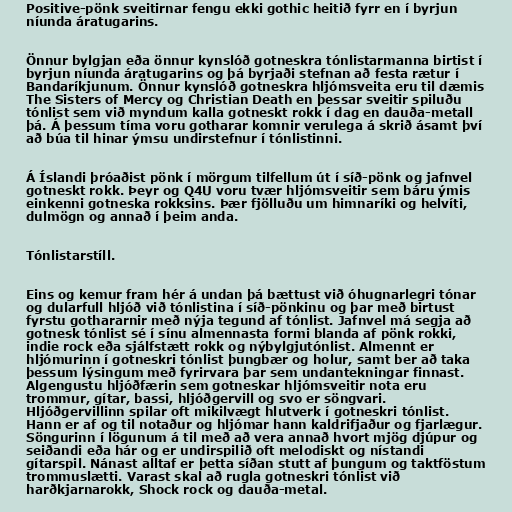
Positive-pönk sveitirnar fengu ekki gothic heitið fyrr en í byrjun
níunda áratugarins.

Önnur bylgjan eða önnur kynslóð gotneskra tónlistarmanna birtist í
byrjun níunda áratugarins og þá byrjaði stefnan að festa rætur í
Bandaríkjunum. Önnur kynslóð gotneskra hljómsveita eru til dæmis
The Sisters of Mercy og Christian Death en þessar sveitir spiluðu
tónlist sem við myndum kalla gotneskt rokk í dag en dauða-metall
þá. Á þessum tíma voru gotharar komnir verulega á skrið ásamt því
að búa til hinar ýmsu undirstefnur í tónlistinni.

Á Íslandi þróaðist pönk í mörgum tilfellum út í síð-pönk og jafnvel
gotneskt rokk. Þeyr og Q4U voru tvær hljómsveitir sem báru ýmis
einkenni gotneska rokksins. Þær fjölluðu um himnaríki og helvíti,
dulmögn og annað í þeim anda.

Tónlistarstíll.

Eins og kemur fram hér á undan þá bættust við óhugnarlegri tónar
og dularfull hljóð við tónlistina í síð-pönkinu og þar með birtust
fyrstu gothararnir með nýja tegund af tónlist. Jafnvel má segja að
gotnesk tónlist sé í sínu almennasta formi blanda af pönk rokki,
indie rock eða sjálfstætt rokk og nýbylgjutónlist. Almennt er
hljómurinn í gotneskri tónlist þungbær og holur, samt ber að taka
þessum lýsingum með fyrirvara þar sem undantekningar finnast.
Algengustu hljóðfærin sem gotneskar hljómsveitir nota eru
trommur, gítar, bassi, hljóðgervill og svo er söngvari.
Hljóðgervillinn spilar oft mikilvægt hlutverk í gotneskri tónlist.
Hann er af og til notaður og hljómar hann kaldrifjaður og fjarlægur.
Söngurinn í lögunum á til með að vera annað hvort mjög djúpur og
seiðandi eða hár og er undirspilið oft melodiskt og nístandi
gítarspil. Nánast alltaf er þetta síðan stutt af þungum og taktföstum
trommuslætti. Varast skal að rugla gotneskri tónlist við
harðkjarnarokk, Shock rock og dauða-metal.